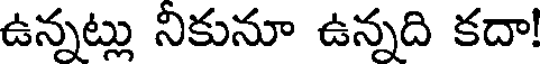
ఉన్నట్లు నికునూ ఉన్నది కదా!